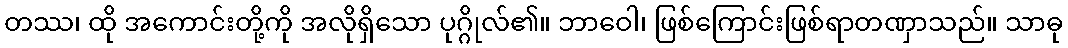
တဿ၊ ထို အကောင်းတို့ကို အလိုရှိသော ပုဂ္ဂိုလ်၏။ ဘာဝေါ၊ ဖြစ်ကြောင်းဖြစ်ရာတဏှာသည်။ သာဓု